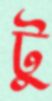
টু